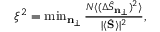
\begin{array} { r } { \xi ^ { 2 } = \operatorname* { m i n } _ { \mathbf { n } _ { \perp } } \frac { N \langle ( \Delta \hat { S } _ { \mathbf { n } _ { \perp } } ) ^ { 2 } \rangle } { | \langle \hat { \mathbf { S } } \rangle | ^ { 2 } } , } \end{array}